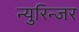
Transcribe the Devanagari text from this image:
न्युरिन्जर